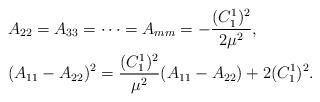
LaTeX: \begin{align*}&A_{22}=A_{33}=\cdots=A_{mm}=-\frac{(C^1_1)^2}{2\mu^2},\\&(A_{11}-A_{22})^2=\frac{(C^1_1)^2}{\mu^2}(A_{11}-A_{22})+2(C^1_1)^2.\end{align*}